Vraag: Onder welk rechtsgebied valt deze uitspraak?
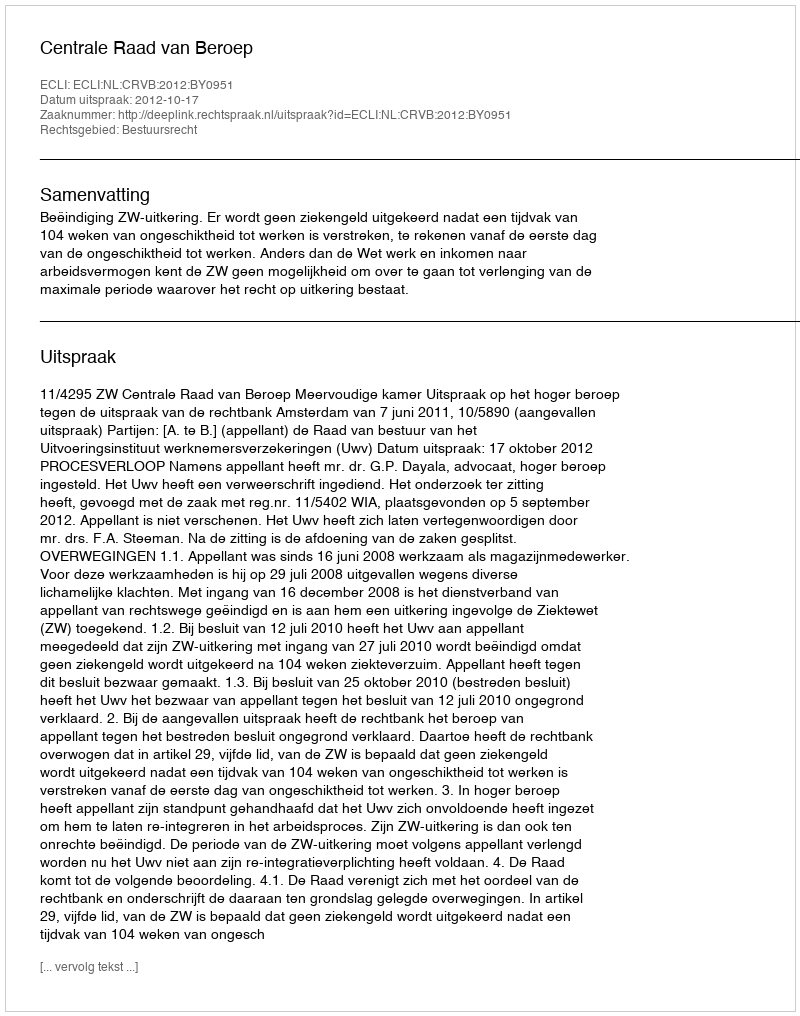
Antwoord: Bestuursrecht